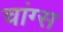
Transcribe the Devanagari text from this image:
चांग्स